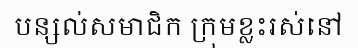
បន្សល់សមាជិក ក្រុមខ្លះរស់នៅ